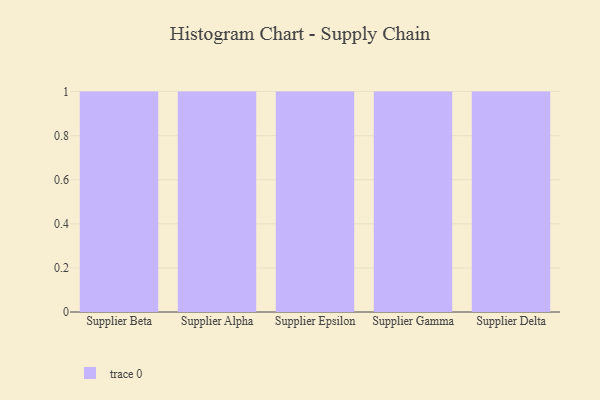
{"axis": {"x": "Supplier", "y": "Humidity (%)"}, "legend": [""], "data": [{"x": "Supplier Beta", "y": 28, "type": ""}, {"x": "Supplier Alpha", "y": 90, "type": ""}, {"x": "Supplier Epsilon", "y": 56, "type": ""}, {"x": "Supplier Gamma", "y": 74, "type": ""}, {"x": "Supplier Delta", "y": 21, "type": ""}]}